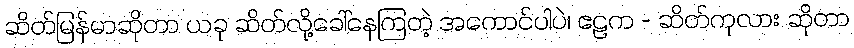
ဆိတ်မြန်မာဆိုတာ ယခု ဆိတ်လို့ခေါ်နေကြတဲ့ အကောင်ပါပဲ၊ ဧဠက - ဆိတ်ကုလား ဆိုတာ